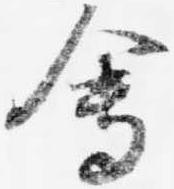
会